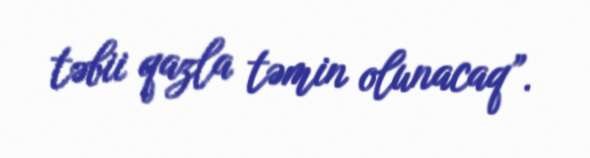
təbii qazla təmin olunacaq”.